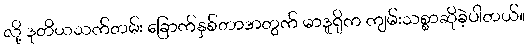
လို့ ဒုတိယသက်တမ်း ခြောက်နှစ်တာအတွက် မာဒူရိုက ကျမ်းသစ္စာဆိုခဲ့ပါတယ်။